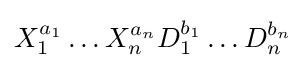
X_{1}^{a_{1}}\ldots X_{n}^{a_{n}}D_{1}^{b_{1}}\ldots D_{n}^{b_{n}}